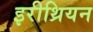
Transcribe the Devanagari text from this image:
इरीथ्रियन